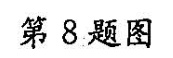
第8题图